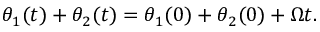
\theta _ { 1 } ( t ) + \theta _ { 2 } ( t ) = \theta _ { 1 } ( 0 ) + \theta _ { 2 } ( 0 ) + \Omega t .